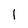
Character: 1